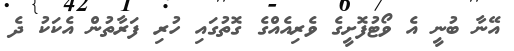
އޭނާ ބުނީ އެ ވޯޓުފޮށީގެ ވެރިއެއްގެ ގޮތުގައި ހުރި ފަރާތުން އެކަކު ދެ